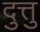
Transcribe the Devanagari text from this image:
दुत्तु